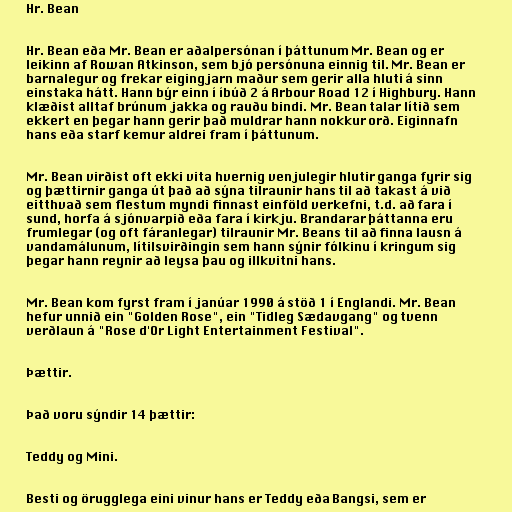
Hr. Bean

Hr. Bean eða Mr. Bean er aðalpersónan í þáttunum Mr. Bean og er
leikinn af Rowan Atkinson, sem bjó persónuna einnig til. Mr. Bean er
barnalegur og frekar eigingjarn maður sem gerir alla hluti á sinn
einstaka hátt. Hann býr einn í íbúð 2 á Arbour Road 12 í Highbury. Hann
klæðist alltaf brúnum jakka og rauðu bindi. Mr. Bean talar lítið sem
ekkert en þegar hann gerir það muldrar hann nokkur orð. Eiginnafn
hans eða starf kemur aldrei fram í þáttunum.

Mr. Bean virðist oft ekki vita hvernig venjulegir hlutir ganga fyrir sig
og þættirnir ganga út það að sýna tilraunir hans til að takast á við
eitthvað sem flestum myndi finnast einföld verkefni, t.d. að fara í
sund, horfa á sjónvarpið eða fara í kirkju. Brandarar þáttanna eru
frumlegar (og oft fáranlegar) tilraunir Mr. Beans til að finna lausn á
vandamálunum, lítilsvirðingin sem hann sýnir fólkinu í kringum sig
þegar hann reynir að leysa þau og illkvitni hans.

Mr. Bean kom fyrst fram í janúar 1990 á stöð 1 í Englandi. Mr. Bean
hefur unnið ein "Golden Rose", ein "Tidleg Sædavgang" og tvenn
verðlaun á "Rose d'Or Light Entertainment Festival".

Þættir.

Það voru sýndir 14 þættir:

Teddy og Mini.

Besti og örugglega eini vinur hans er Teddy eða Bangsi, sem er